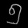
Digit: ၅